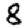
Digit: 8